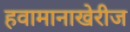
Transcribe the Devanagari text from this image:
हवामानाखेरीज